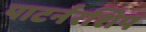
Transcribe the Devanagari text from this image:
पाटर्नरशिप